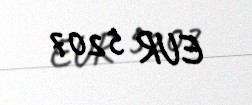
EUR 5207